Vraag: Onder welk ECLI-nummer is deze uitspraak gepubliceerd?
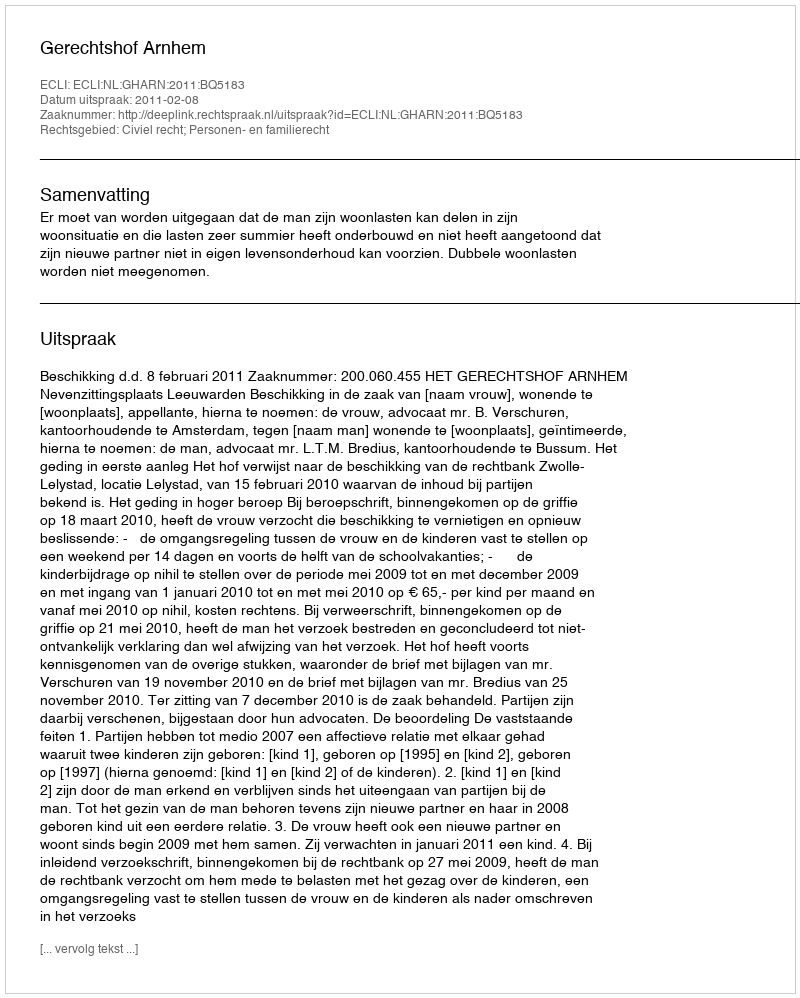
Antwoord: ECLI:NL:GHARN:2011:BQ5183